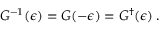
G ^ { - 1 } ( \epsilon ) = G ( - \epsilon ) = G ^ { \dagger } ( \epsilon ) \, .